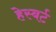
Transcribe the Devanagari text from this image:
हेस्बर्ट